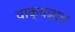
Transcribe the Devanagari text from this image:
वाक्‌यज्ञात